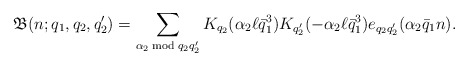
\begin{align*}\mathfrak{B}(n;q_1,q_2,q_2')=\sum_{\alpha_2\bmod{q_2q_2'}}K_{q_2}(\alpha_2\ell\bar{q}_1^3)K_{q_2'}(-\alpha_2\ell\bar{q}_1^3)e_{q_2q_2'}(\alpha_2\bar{q}_1 n).\end{align*}